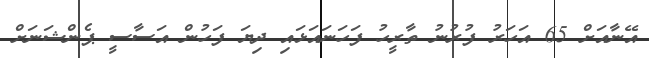
އޭނާއަށް 65 އަހަރު ފުރުނު ތާރީހު ފަހަނައަޅައި ދިޔަ ފަހުން އަސާސީ ޕެންޝަނަށް